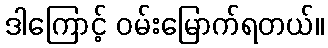
ဒါကြောင့် ဝမ်းမြောက်ရတယ်။